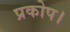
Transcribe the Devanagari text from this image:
प्रकोप।